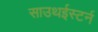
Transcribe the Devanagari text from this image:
साउथईस्टर्न